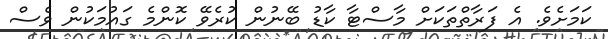
ކަމަށެވެ. އެ ފަރާތްތަކަށް މާސްޓާ ކާޑު ބޭނުން ކުރެވޭ ކޮންމެ ގައުމަކުން ވެސް